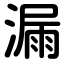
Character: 漏